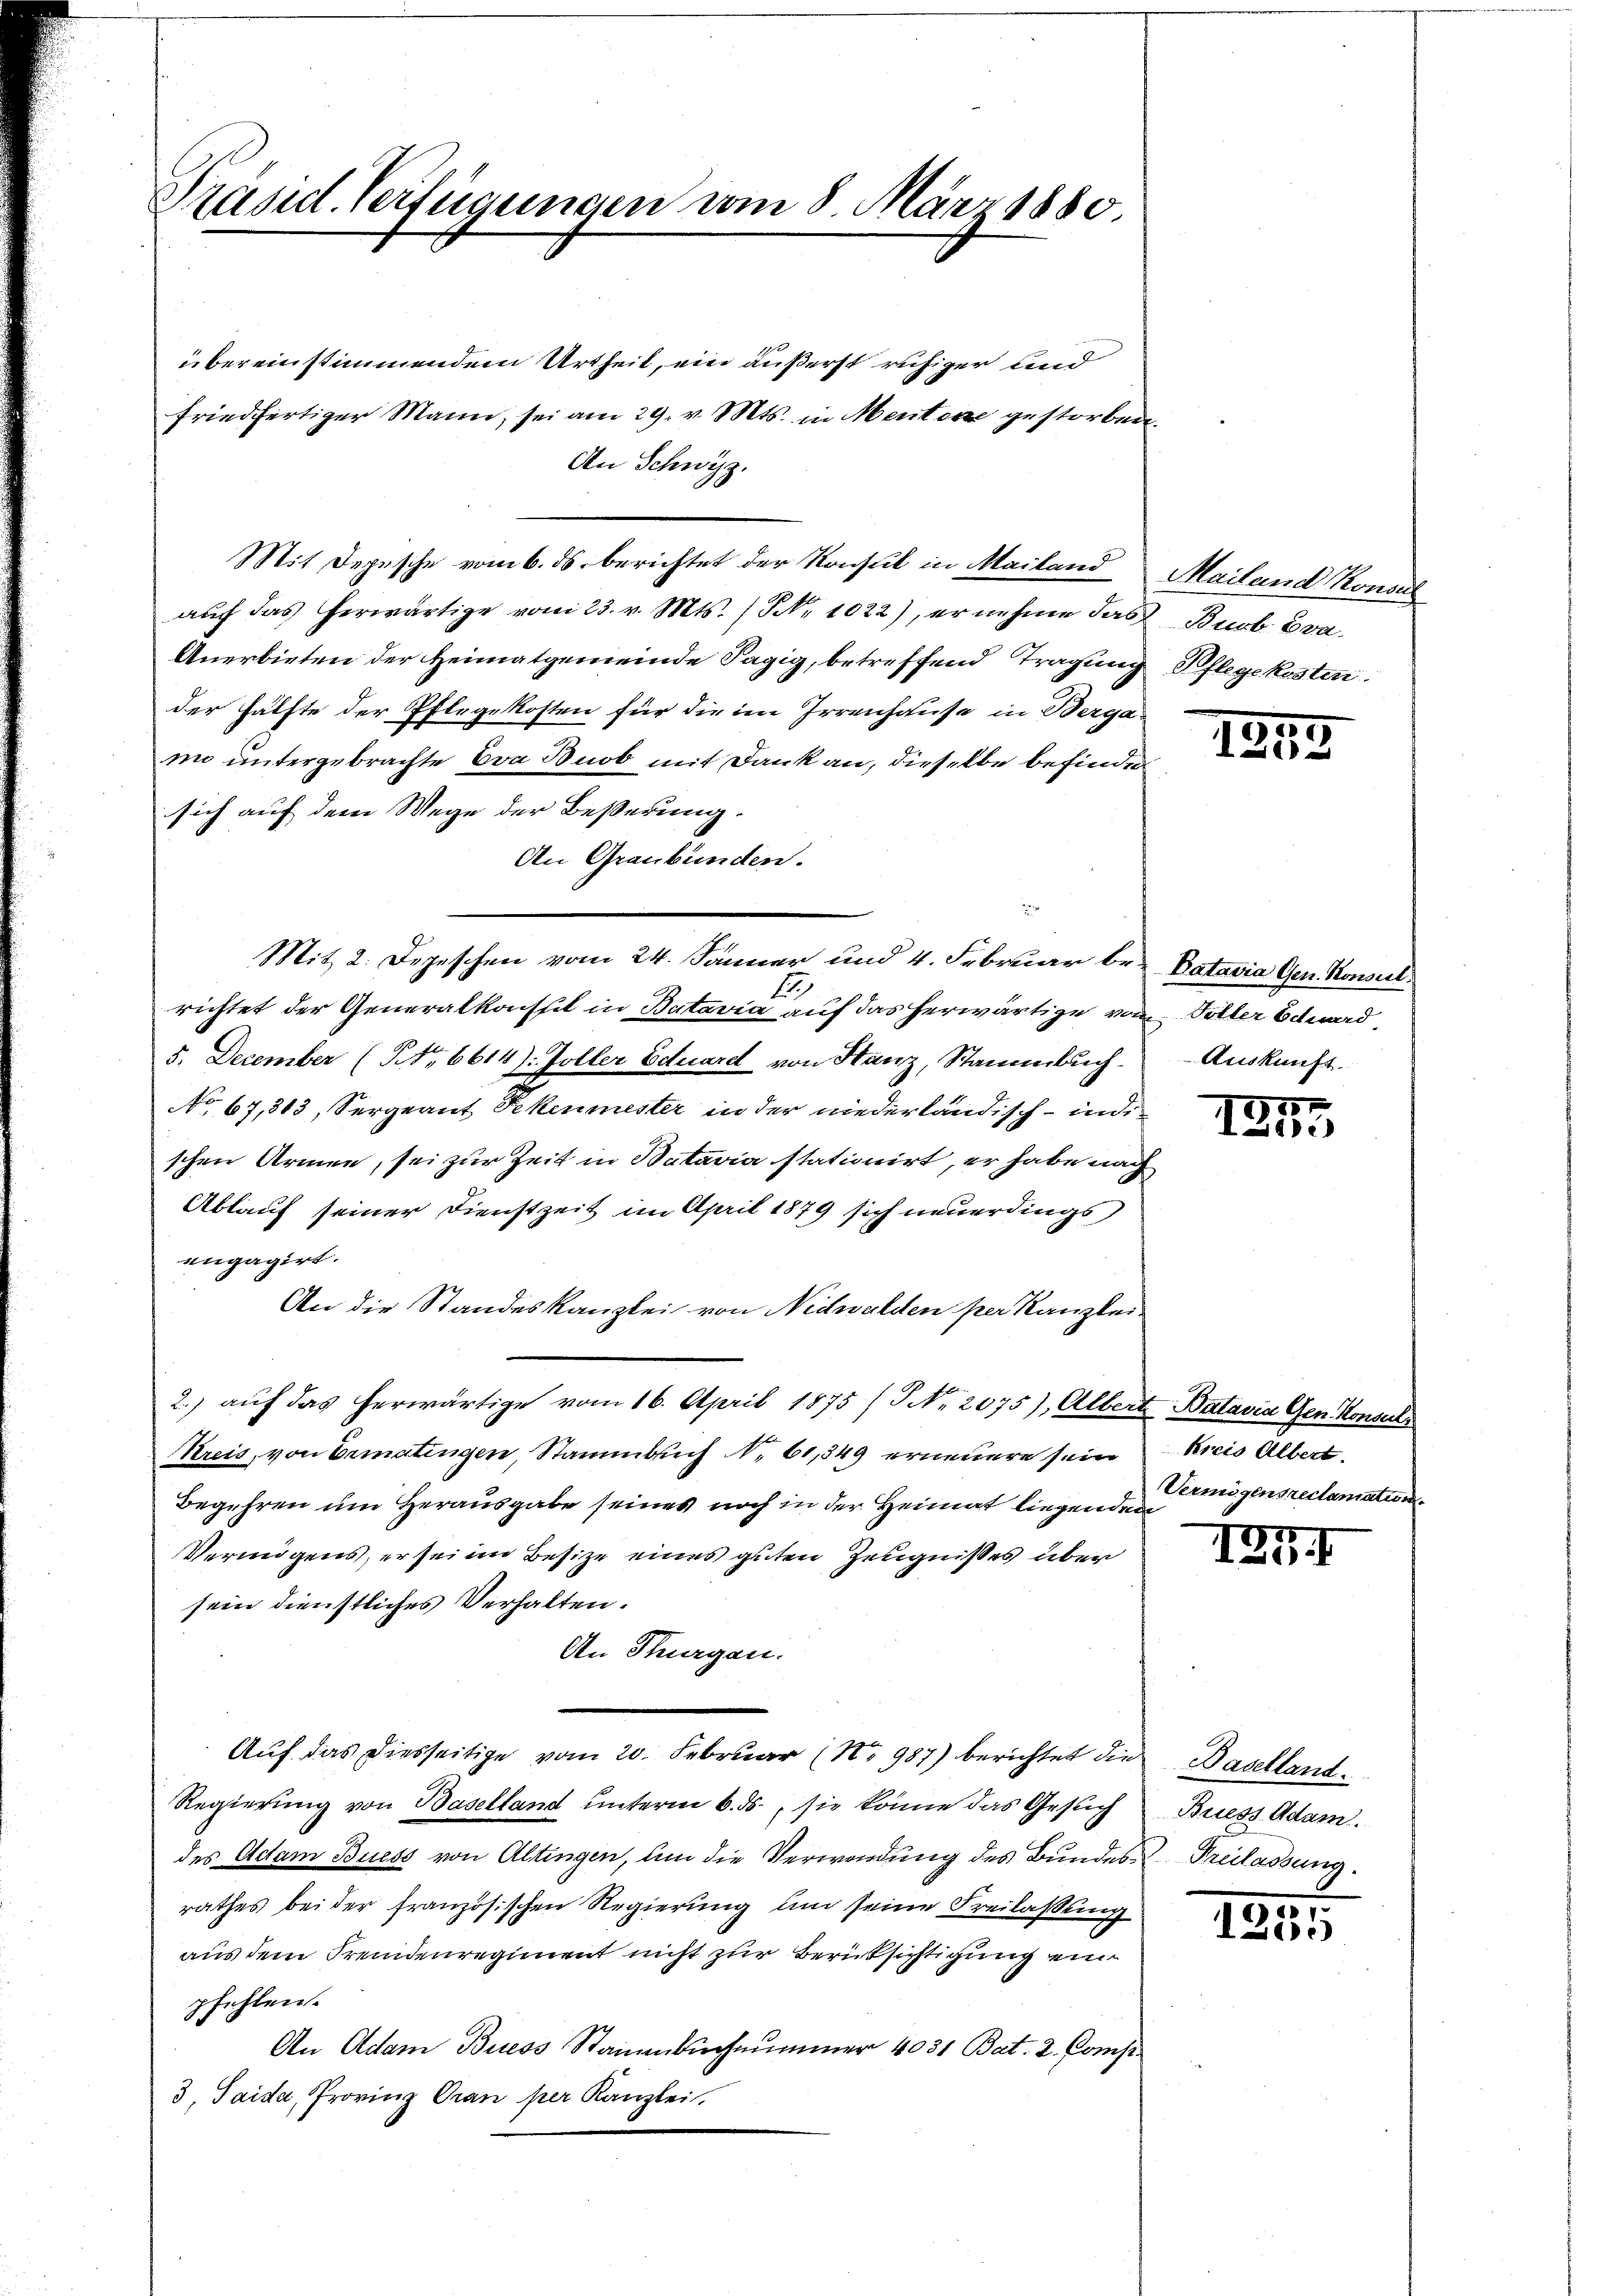
übereinstimmendem Urtheil, ein äußerst ruhiger und
friedfertiger Mann, sei am 29. v. Mts. in Mentore gestorben,
An Schwyz.
Mit Depesche vom 6. ds berichtet der Konsul in Mailand Mailand Konsul
aŭf das herwärtige vom 23. v. Mts. (T. 1022), ernehme das Buob Eva
Anerbieten der Heimatgemeinde Tagig, betreffend Tragung Pflegekosten.
der Hälfte der Pflegekosten für die im Irrenhause in Bergas
mm untergebrachte Bra Bnob mit Dank an, dieselbe befinde
sich auf dem Wege der Beßerung.
An Graubünden.
2
E
richtet der Generalkonseil in Batavia auf das herwärtige von Toller Schwerd
5. December (NNo. 6614): Foller Eduard von Hanz, Stammbuch. Auskunft.
No 67,813, Sergeant Fekenmester in der niederländisch-ind
schen Armen, sei zur Zeit in Batavia stationirt, er habe nach
Ablauf seiner Dienstzeit im April 1879 sich neuerdings
engagirt.
An die Standeskanzlei von Nidwalden per Kanzlei
2.) auf das herwärtige vom 16. April 1875 / No. 2075), Albert Batavia Gen. Konsuls
Kreis, von Ermatingen, Stammbach N. 61,349 erneuere sein
Begehren um Herausgabe seines noch in der Heimat liegendeigensreclamation
Vermögens, er sei im Besitze eines guten Zeugnißes über
sein dienstliches Verhalten.
An Thurgau.
Auf das diesseitige vom 20. Februar (No 987) berichtet die Basellant
Regierung von Baselland unterm 6. ds., sie könne das Gesuch
des Actam Buess von Altingen, um die Verwendung des Bundes Freilassung
rathes bei der französischen Regierung um seine Freilaßung
aus dem Fremdenregiment nicht zur Berücksichtigung ein
pfehlen.
An Adam Buess Stammbuchener 4031 Bat. 2. Comp
3. Saida, Provinz Oran per Kanzlei,

Präsid. Verfügungen vom 8. März 1880.

e
Mit 2. Depeschen vom 24. Jänner und 4. Februar be- Datavia Gen. Konsul¬

1255

1157.
100

kreis Albert.

127

Biess Adam.

1235